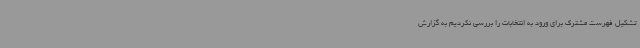
تشکیل فهرست مشترک برای ورود به انتخابات را بررسی نکردیم به گزارش